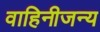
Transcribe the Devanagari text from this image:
वाहिनीजन्य